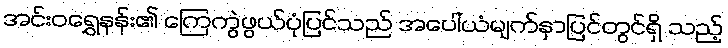
အင်းဝရွှေနန်း၏ ကြေကွဲဖွယ်ပုံပြင်သည် အပေါ်ယံမျက်နှာပြင်တွင်ရှိ သည့်